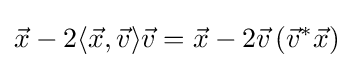
{\vec {x}}-2\langle {\vec {x}},{\vec {v}}\rangle {\vec {v}}={\vec {x}}-2{\vec {v}}\left({\vec {v}}^{*}{\vec {x}}\right)